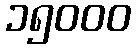
၁၅၀၀၀